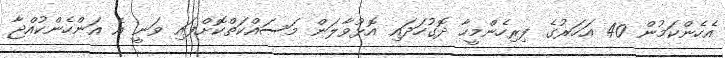
އެހެންކަމުން 40 އަހަރުގެ ފިރިހެންމީހާ ދޮގުހަދައި އޮޅުވާލަން މަސައްކަތްކޮށްފައި ވަނީ އެ އަންހެންކުއްޖާ